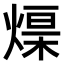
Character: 𤌓